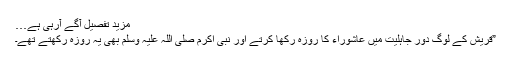
مزید تفصیل آگے آرہی ہے…
”قریش کے لوگ دورِ جاہلیت میں عاشوراء کا روزہ رکھا کرتے اور نبی اکرم صلی اللہ علیہ وسلم بھی یہ روزہ رکھتے تھے۔